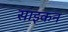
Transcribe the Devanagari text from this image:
साइकन